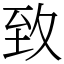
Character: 致